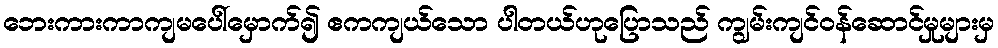
ဘေးကားကာကျမပေါ်မှောက်၍ ဧကကျယ်သော ပါတယ်ဟုပြောသည် ကျွမ်းကျင်ဝန်ဆောင်မှုများမှ